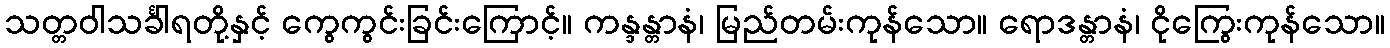
သတ္တဝါသင်္ခါရတို့နှင့် ကွေကွင်းခြင်းကြောင့်။ ကန္ဒန္တာနံ၊ မြည်တမ်းကုန်သော။ ရောဒန္တာနံ၊ ငိုကြွေးကုန်သော။